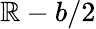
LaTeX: \mathbb{R}-b/2